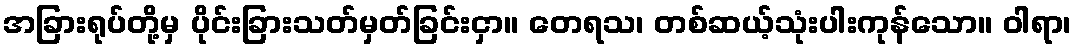
အခြားရုပ်တို့မှ ပိုင်းခြားသတ်မှတ်ခြင်းငှာ။ တေရသ၊ တစ်ဆယ့်သုံးပါးကုန်သော။ ဝါရာ၊